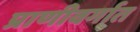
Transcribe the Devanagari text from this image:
प्राणीवर्गात